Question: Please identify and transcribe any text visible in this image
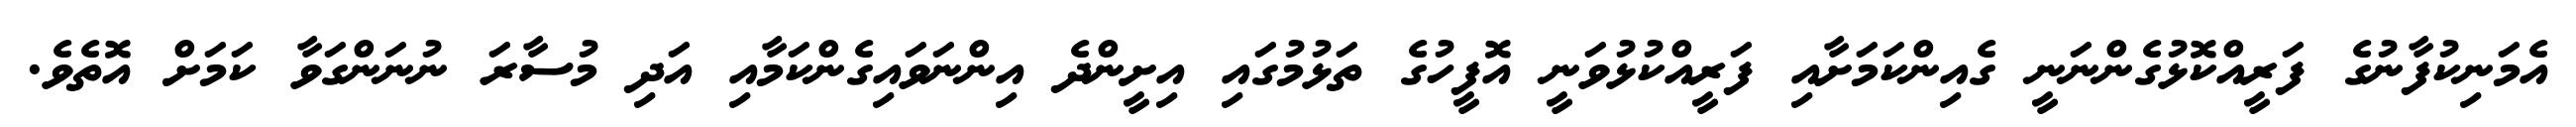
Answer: އެމަނިކުފާނުގެ ފަރީއްކޮޅުގެންނަނީ ގެއިންކަމަށާއި ފަރީއްކުޅުވަނީ އޮފީހުގެ ތަޅުމުގައި އިށީންދެ އިންނަވައިގެންކަމާއި އަދި މުސާރަ ނުނަންގަވާ ކަމަށް އޮތެވެ.